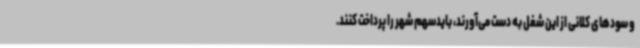
و سودهای کلانی از این شغل به دست می‌آورند، بایدسهم شهر را پرداخت کنند.